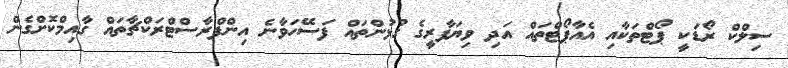
ސިލްކް ރޯޑަކީ ޕޯޓްތަކާއި އެއާޕޯޓްތައް އަދި ވިޔަފާރީގެ ގުޅުންތައް ފަސޭހަވާނެ އިންފްރާސްޓްރަކްޗާތައް ގާއިމްކޮށްގެން